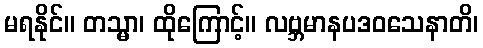
မရနိုင်။ တသ္မာ၊ ထိုကြောင့်။ လဗ္ဘမာနပဒဝသေနာတိ၊